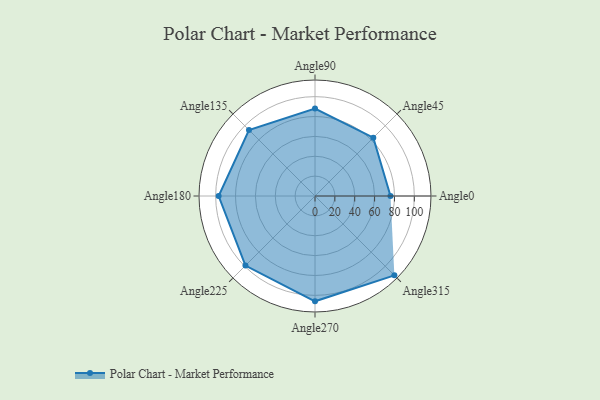
{"axis": {"x": "Angle", "y": "Radius"}, "legend": [""], "data": [{"x": "Angle0", "y": 76.0, "type": ""}, {"x": "Angle45", "y": 83.0, "type": ""}, {"x": "Angle90", "y": 88.0, "type": ""}, {"x": "Angle135", "y": 94.0, "type": ""}, {"x": "Angle180", "y": 97.0, "type": ""}, {"x": "Angle225", "y": 99.0, "type": ""}, {"x": "Angle270", "y": 106.0, "type": ""}, {"x": "Angle315", "y": 113.0, "type": ""}]}